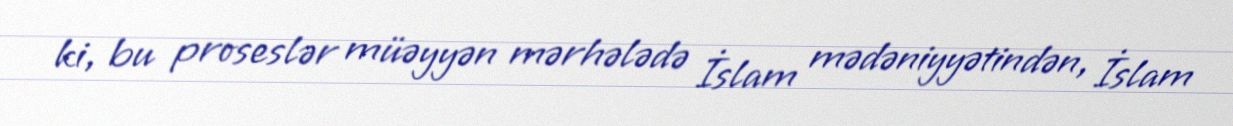
ki, bu proseslər müəyyən mərhələdə İslam mədəniyyətindən, İslam